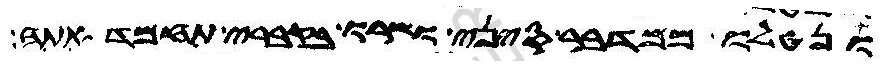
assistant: ונטלו ממדבר סיני ושרו בקברי תחמדאתה